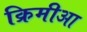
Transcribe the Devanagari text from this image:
क्रिमीआ